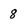
Character: 8